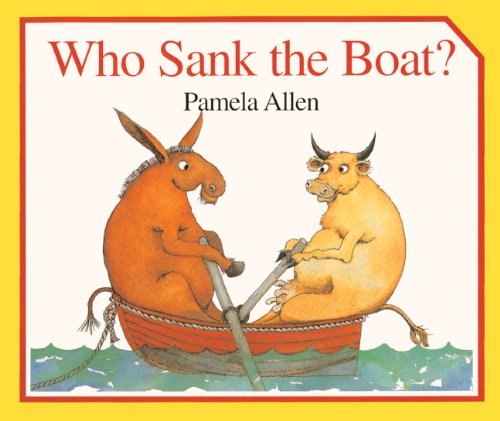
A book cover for Who Sank The Boat? (Turtleback School & Library Binding Edition); Pamela Allen; Children's Books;